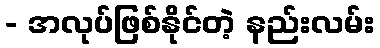
- အလုပ်ဖြစ်နိုင်တဲ့ နည်းလမ်း